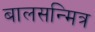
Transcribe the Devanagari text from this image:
बालसन्मित्र